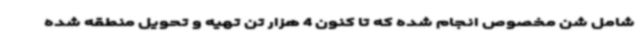
شامل شن مخصوص انجام شده که تا کنون 4 هزار تن تهیه و تحویل منطقه شده